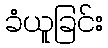
ခံယူခြင်း